Lui_Olesk, lk 18
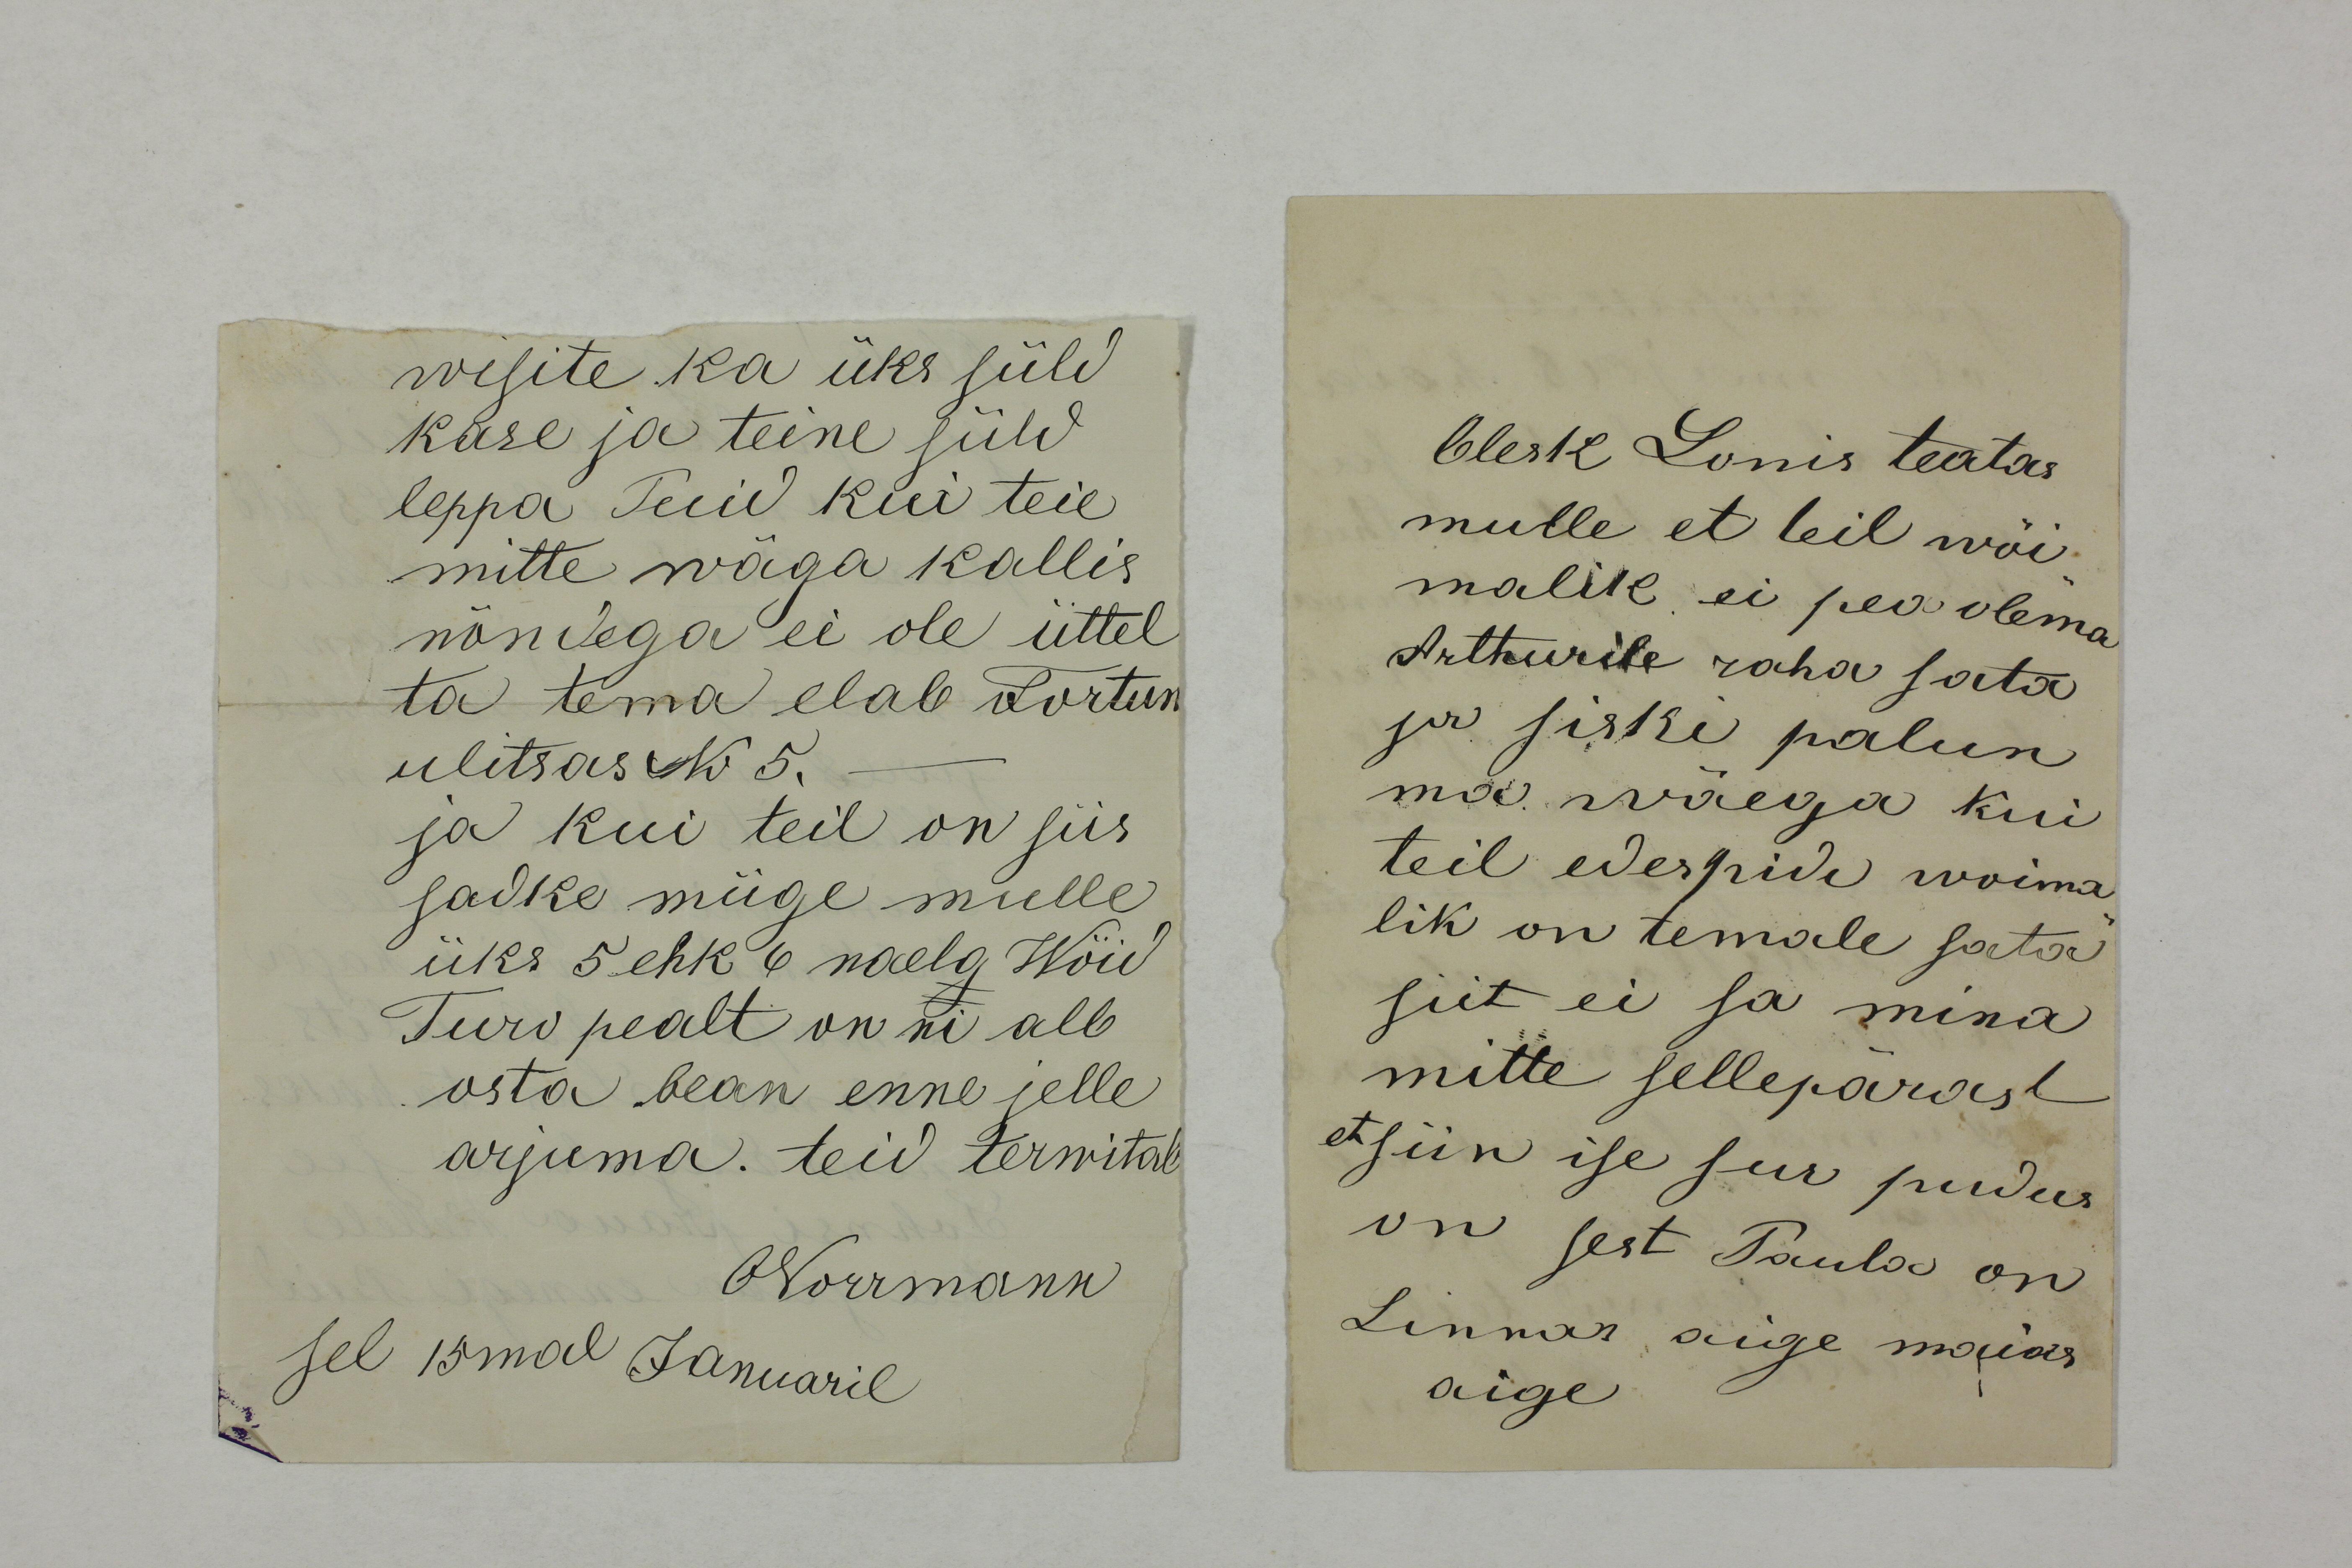
wisite ka üks süld
kase ja teine süld
leppa Puid kui teie 
mitte wäga kallis
nõndega ei ole üttel
ta tema elab Fortun
ulitsas No 5.
ja kui teil on siis
sadke müge mulle
üks 5 ehk 6 naela Wöid
Turo pealt on ni alb
osta bean enne jelle
arjuma. teid tervitab
ONorrmann
sel 15mal Januaril

Olesk Louis teatas
mulle et teil wõi-
malik ei pea olema
Arthurile raha sata
ja siski palun
ma wäega kui
teil edespidi woima-
lik on temale sata
siit ei sa mina 
mitte sellepärast
et siin ise sur pudus
on sest Paula on
Linnas aige maias
aige